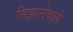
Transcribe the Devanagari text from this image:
सिझानेवाले